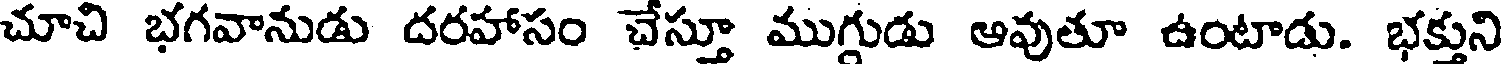
చూచి భగవానుడు దరహాసం చేస్తూ ముగ్గుడు ఆవుతూ ఉంటాడు. భక్తుని